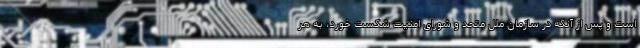
است و پس از آنکه در سازمان ملل متحد و شورای امنیت شکست خورد، به هر